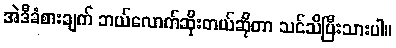
အဲဒီခံစားချက် ဘယ်လောက်ဆိုးတယ်ဆိုတာ သင်သိပြီးသားပါ။